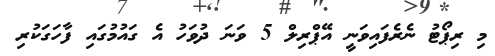
މި ރިޕޯޓު ނެރެފައިވަނީ އޭޕްރިލް 5 ވަނަ ދުވަހު އެ ގައުމުގައި ފާހަގަކުރި